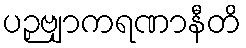
ပဉှဗျာကရဏာနီတိ